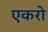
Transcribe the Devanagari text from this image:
एकरो